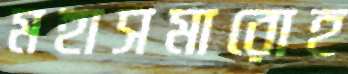
মহাসমারোহ